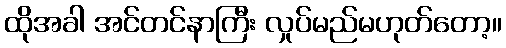
ထိုအခါ အင်တင်နာကြီး လှုပ်မည်မဟုတ်တော့။